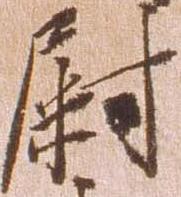
尉